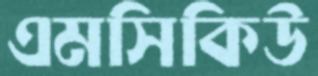
এমসিকিউ